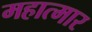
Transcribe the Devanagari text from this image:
महात्मार